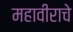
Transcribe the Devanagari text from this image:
महावीराचे